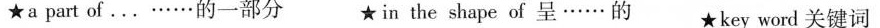
★a part of。。……的一部分 in the shape of呈……的 ★key word关键词